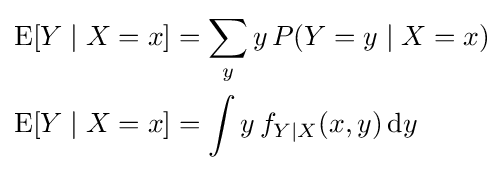
{\begin{aligned}\operatorname {E} [Y\mid X=x]&=\sum _{y}y\,P(Y=y\mid X=x)\\\operatorname {E} [Y\mid X=x]&=\int y\,f_{Y\mid X}(x,y)\,\mathrm {d} y\end{aligned}}